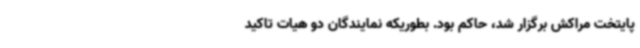
پایتخت مراکش برگزار شد، حاکم بود. بطوریکه نمایندگان دو هیات تاکید